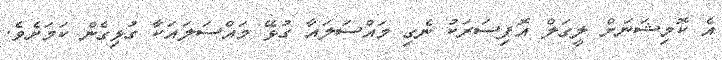
އެ ކޮމިޝަނަށް ލީގަލް އޮފިސަރަކު ނެގި މައްސަލައާ ގުޅޭ މައްސަލައަކާ ގުޅިގެން ކަމަށެވެ.